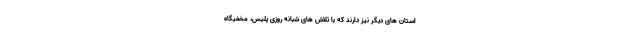
استان های دیگر نیز دارند که با تلاش های شبانه روزی پلیس، مخفیگاه